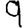
Digit: 9